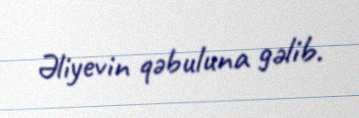
Əliyevin qəbuluna gəlib.